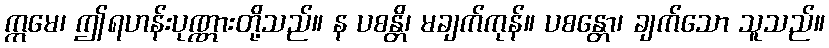
ဣမေ၊ ဤရဟန်းပုဏ္ဏားတို့သည်။ န ပစန္တိ၊ မချက်ကုန်။ ပစန္တော၊ ချက်သော သူသည်။